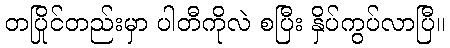
တပြိုင်တည်းမှာ ပါတီကိုလဲ စပြီး နှိပ်ကွပ်လာပြီ။